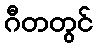
ဂီတတွင်